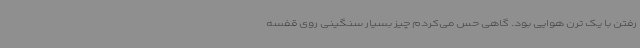
رفتن با یک ترن هوایی بود. گاهی حس می‌کردم چیز بسیار سنگینی روی قفسه